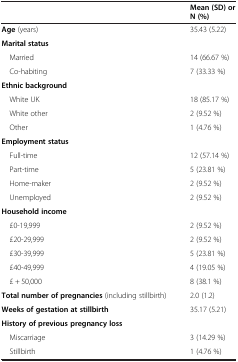
<table><thead><tr><td><b> </b></td><td><b>Mean (SD) or N (%)</b></td></tr></thead><tbody><tr><td><b>Age</b> (years)</td><td>35.43 (5.22)</td></tr><tr><td><b>Marital status</b></td><td> </td></tr><tr><td> Married</td><td>14 (66.67 %)</td></tr><tr><td> Co-habiting</td><td>7 (33.33 %)</td></tr><tr><td><b>Ethnic background</b></td><td> </td></tr><tr><td> White UK</td><td>18 (85.17 %)</td></tr><tr><td> White other</td><td>2 (9.52 %)</td></tr><tr><td> Other</td><td>1 (4.76 %)</td></tr><tr><td><b>Employment status</b></td><td> </td></tr><tr><td> Full-time</td><td>12 (57.14 %)</td></tr><tr><td> Part-time</td><td>5 (23.81 %)</td></tr><tr><td> Home-maker</td><td>2 (9.52 %)</td></tr><tr><td> Unemployed</td><td>2 (9.52 %)</td></tr><tr><td><b>Household income</b></td><td> </td></tr><tr><td> £0-19,999</td><td>2 (9.52 %)</td></tr><tr><td> £20-29,999</td><td>2 (9.52 %)</td></tr><tr><td> £30-39,999</td><td>5 (23.81 %)</td></tr><tr><td> £40-49,999</td><td>4 (19.05 %)</td></tr><tr><td> £ + 50,000</td><td>8 (38.1 %)</td></tr><tr><td><b>Total number of pregnancies</b> (including stillbirth)</td><td>2.0 (1.2)</td></tr><tr><td><b>Weeks of gestation at stillbirth</b></td><td>35.17 (5.21)</td></tr><tr><td><b>History of previous pregnancy loss</b></td><td> </td></tr><tr><td> Miscarriage</td><td>3 (14.29 %)</td></tr><tr><td> Stillbirth</td><td>1 (4.76 %)</td></tr></tbody></table>